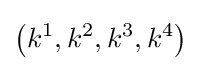
\left(k^{1},k^{2},k^{3},k^{4}\right)